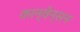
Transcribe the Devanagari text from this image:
कान्वेन्सन